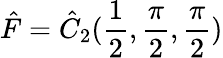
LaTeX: \hat{F}=\hat{C}_{2}(\frac{1}{2},\frac{\pi}{2},\frac{\pi}{2})